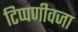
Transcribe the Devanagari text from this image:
टिप्पणीवजा